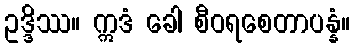
ဥဒ္ဒိဿ။ ဣဒံ ခေါ စီဝရစေတာပန္နံ။